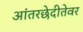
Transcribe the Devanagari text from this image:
आंतरछेदीतेवर